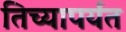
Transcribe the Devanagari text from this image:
तिच्यापर्यंत